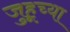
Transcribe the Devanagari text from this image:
जुहूच्या